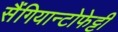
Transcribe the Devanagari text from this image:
सैंगियान्टोफेट्टी